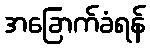
အခြောက်ခံရန်